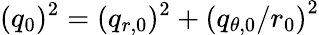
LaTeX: (q_{0})^{2}=(q_{r,0})^{2}+\left(q_{\theta,0}/r_{0}\right)^{2}